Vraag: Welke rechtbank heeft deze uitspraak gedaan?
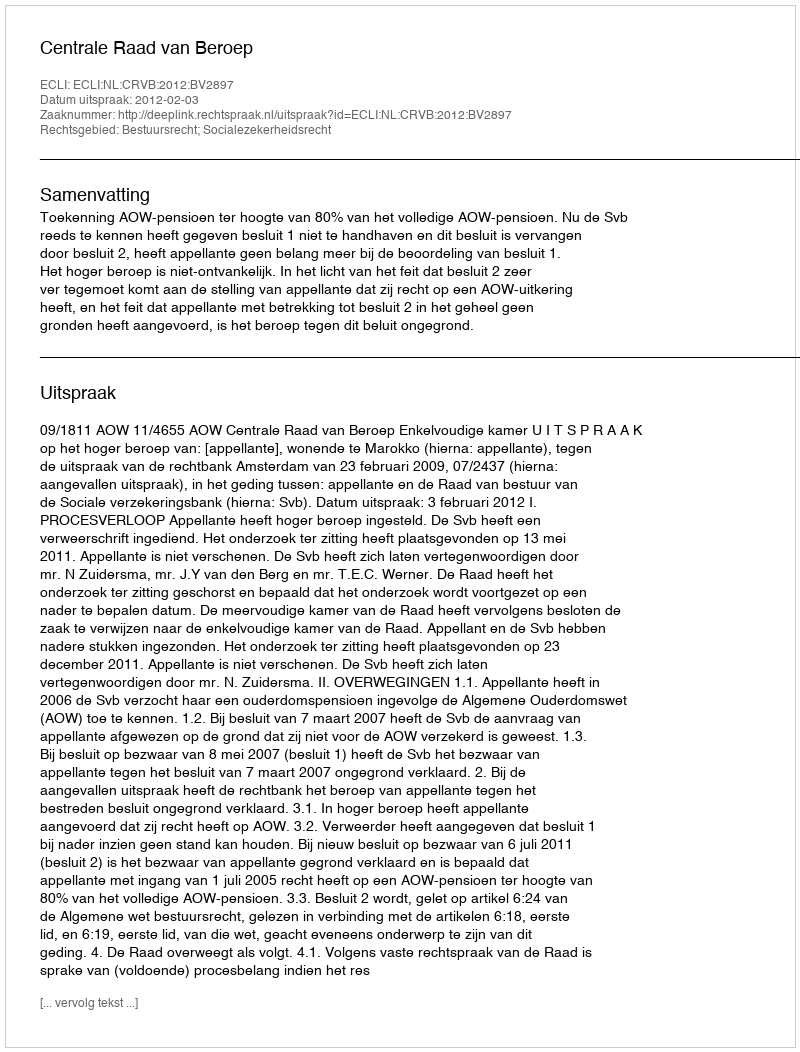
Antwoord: Centrale Raad van Beroep